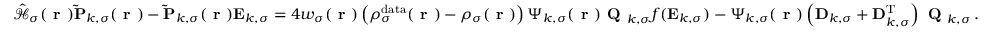
\hat { \mathcal { { H } } } _ { \sigma } ( \boldsymbol { \textbf { r } } ) \mathbf { \widetilde { P } } _ { k , \sigma } ( \boldsymbol { \textbf { r } } ) - \mathbf { \widetilde { P } } _ { k , \sigma } ( \boldsymbol { \textbf { r } } ) \mathbf { E } _ { k , \sigma } = 4 w _ { \sigma } ( \boldsymbol { \textbf { r } } ) \left( \rho _ { \sigma } ^ { \mathrm { d a t a } } ( \boldsymbol { \textbf { r } } ) - \rho _ { \sigma } ( \boldsymbol { \textbf { r } } ) \right) \boldsymbol { \Psi } _ { k , \sigma } ( \boldsymbol { \textbf { r } } ) \textbf { Q } _ { k , \sigma } f ( \mathbf { E } _ { k , \sigma } ) - \boldsymbol { \Psi } _ { k , \sigma } ( \boldsymbol { \textbf { r } } ) \left( \mathbf { D } _ { k , \sigma } + \mathbf { D } _ { k , \sigma } ^ { \mathrm { T } } \right) \textbf { Q } _ { k , \sigma } \, .